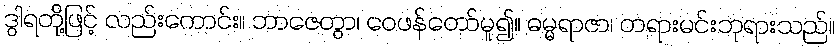
ဒွါရတို့ဖြင့် လည်းကောင်း။ ဘာဇေတွာ၊ ဝေဖန်တော်မူ၍။ ဓမ္မရာဇာ၊ တရားမင်းဘုရားသည်။